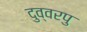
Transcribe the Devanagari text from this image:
दुव्वरपु